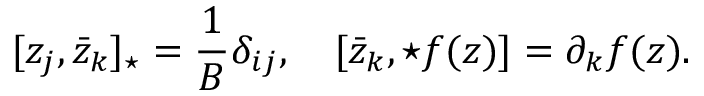
[ z _ { j } , \bar { z } _ { k } ] _ { \star } = \frac { 1 } { B } \delta _ { i j } , \quad [ \bar { z } _ { k } , \star f ( z ) ] = \partial _ { k } f ( z ) .